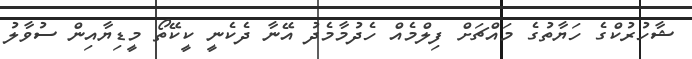
ޝާހުރުކްގެ ހަޔާތުގެ މައްޗަށް ފިލްމެއް ހެދުމާމެދު އޭނާ ދެކެނީ ކީކޭތޯ މީޑިޔާއިން ސުވާލު